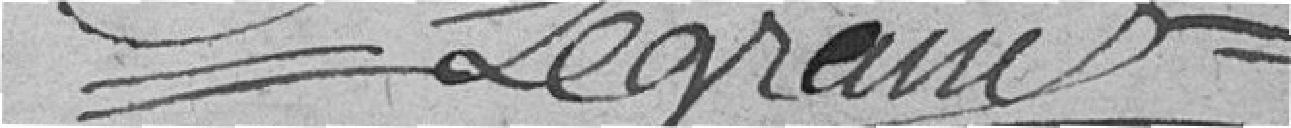
Legrand